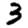
Digit: 3